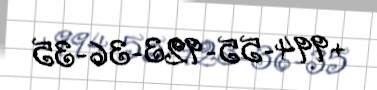
+994-55-923-36-35